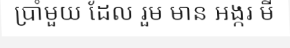
ប្រាំមួយ ដែល រួម មាន អង្ករ មី